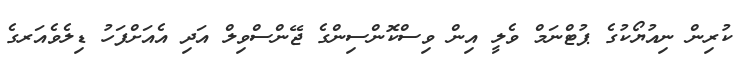
ކުރިން ނިއުޔޯކުގެ ޕުޓްނަމް ވެލީ އިން ވިސްކޮންސިންގެ ޖޭންސްވިލް އަދި އެއަށްފަހު ޑިލެވެއަރގެ